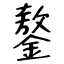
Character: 鏊